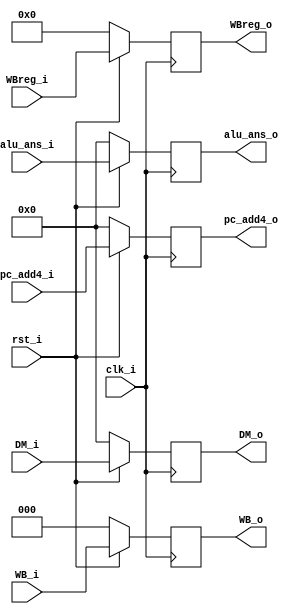
`timescale 1ns/1ps
module MEMWB_register (
    input clk_i,
    input rst_i,
    input [2:0] WB_i,
    input [31:0] DM_i,
    input [31:0] alu_ans_i,
    input [4:0] WBreg_i,
    input [31:0] pc_add4_i,

    output reg [2:0] WB_o,
    output reg [31:0] DM_o,
    output reg [31:0] alu_ans_o,
    output reg [4:0] WBreg_o,
    output reg [31:0] pc_add4_o
);
/* Write your code HERE */
always @(posedge clk_i) begin
    if(~rst_i) begin
        WB_o <= 0;
        DM_o <= 0;
        alu_ans_o <= 0;
        WBreg_o <= 0;
        pc_add4_o <= 0;
    end else begin
        WB_o <= WB_i;
        DM_o <= DM_i;
        alu_ans_o <= alu_ans_i;
        WBreg_o <= WBreg_i;
        pc_add4_o <= pc_add4_i;
    end
end

endmodule